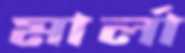
মার্লা